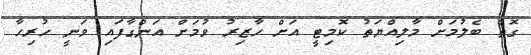
ގޮތް ބެލުމަށް މާލިއްޔަތު ކޮމިޓީ އަށް ހާޒިރު ވުމަށް އަންގާފައި ވަނީ ހުރިހާ